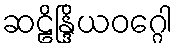
ဆဠိန္ဒြိယဝဂ္ဂေါ